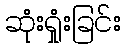
ဆုံးရှုံးခြင်း